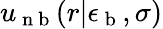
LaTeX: u_{\mathrm{~n~b~}}(r|\epsilon_{\mathrm{~b~}},\sigma)